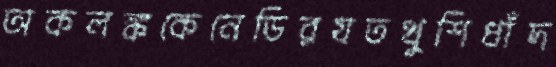
অকলঙ্ককেনেডিরযতখুশিধাঁদ